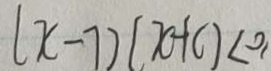
( x - 7 ) ( x + c ) < 0 ,